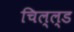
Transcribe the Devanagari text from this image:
चिल्ल्ड